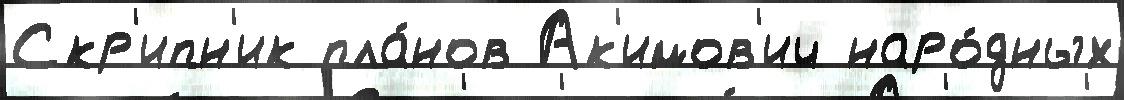
Скр'ипн'ик пла́нов Ак'имов'ич наро́дных